Report on inoculation in the plague infected areas of the Punjab and its dependencies from October 1900 to September 1901
Year: 1900
Disease focus: Plague
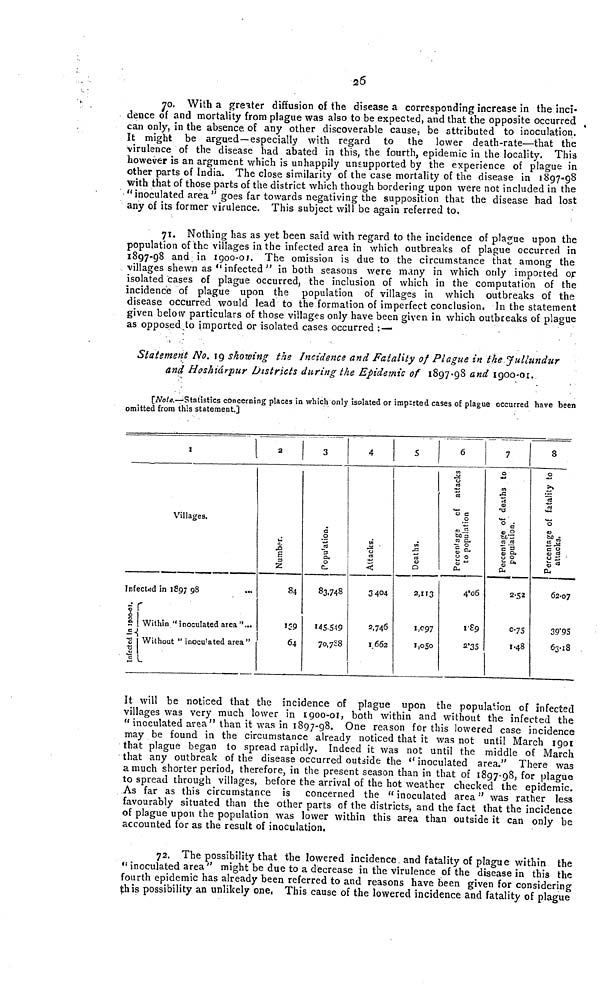
26
70. With a greater diffusion of the disease a corresponding increase in the inci-
dence of and mortality from plague was also to be expected, and that the opposite occurred
can only, in the absence of any other discoverable cause, be attributed to inoculation.
It might be argued—especially with regard to the lower death-rate—that the
virulence of the disease had abated in this, the fourth, epidemic in the locality. This
however is an argument which is unhappily unsupported by the experience of plague in
other parts of India. The close similarity of the case mortality of the disease in 1897-98
with that of those parts of the district which though bordering upon were not included in the
"inoculated area" goes far towards negativing the supposition that the disease had lost
any of its former virulence. This subject will be again referred to.
71. Nothing has as yet been said with regard to the incidence of plague upon the
population of the villages in the infected area in which outbreaks of plague occurred in
1897-98 and in 1900-01. The omission is due to the circumstance that among the
villages shewn as "infected " in both seasons were many in which only imported of
isolated cases of plague occurred, the inclusion of which in the computation of the
incidence of plague upon the population of villages in which outbreaks of the
disease occurred would lead to the formation of imperfect conclusion, In the statement
given below particulars of those villages only have been given in which outbreaks of plague
as opposed to imported or isolated cases occurred :—
Statement No. 19 showing the Incidence and Fatality of Plague in the Jullundur
and Hoshiárpur Districts during the Epidemic of 1897-98 and 1900-01.
[Note.—Statistics concerning places in which only isolated or imparted cases of plague occurred have been
omitted from this statement.]
1
Villages.
Infected in 1897 98
***
Infected in 1900-01.
Within "inoculated area"***
Without "inoculated area"
2
84
139
64
3
83,748
145,549
70,788
4
3 404
2,746
I 662
5
2,113
1,097
1,050
6
Percentage of attacks
to population
4 06
1 89
2 35
7
Percentage of deaths to
population.
2 52
0 75
1 48
8
Percentage of fata
attacks.
62 07
39 95
63.18
It will be noticed that the incidence of plague upon the population of infected
villages was very much lower in 1900-01, both within and without the infected the
"inoculated area" than it was in 1897-98. One reason for this lowered case incidence
may be found in the circumstance already noticed that it was not until March 1901
that plague began to spread rapidly. Indeed it was not until the middle of March
that any outbreak of the disease occurred outside the " inoculated area." There was
a much shorter period, therefore, in the present season than in that of 1897-98, for plague
to spread through villages, before the arrival of the hot weather checked the epidemic.
As far as this circumstance is concerned the "inoculated area" was rather less
favourably situated than the other parts of the districts, and the fact that the incidence
of plague upon the population was lower within this area than outside it can only be
accounted for as the result of inoculation.
72. The possibility that the lowered incidence and fatality of plague within the
"inoculated area" might be due to a decrease in the virulence of the disease in this the
fourth epidemic has already been referred to and reasons have been given for considering
this possibility an unlikely one, This cause of the lowered incidence and fatality of plague